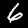
Digit: 6